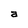
Character: a